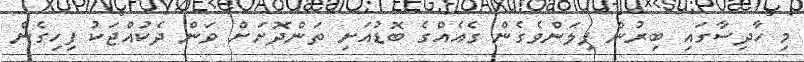
މި ހާދިސާގައި ބިރުން ފިލަންވެގެން ގެއެއްގެ ބޮޑުއަށި ތަންދޮށަށް ވަން ދެކުއްޖަކު ފިހިގެން